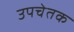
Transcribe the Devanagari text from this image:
उपचेतक